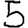
Digit: 5